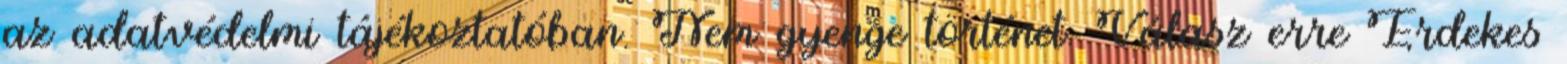
az adatvédelmi tájékoztatóban. Nem gyenge történet. Válasz erre Érdekes